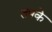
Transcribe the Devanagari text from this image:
तपके